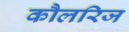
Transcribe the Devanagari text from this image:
कौलरिज